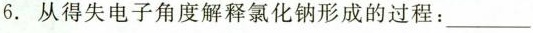
6.从得失电子角度解释氯化钠形成的过程：_______